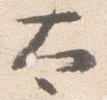
太